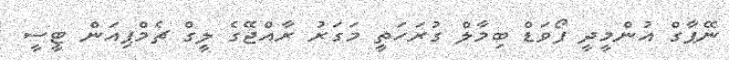
ނޭޕާގް އުންމީދީ ފޯވަޑް ބިމާލް ގުރަހަތީ މަގަރު ރާއްޖޭގެ ލީގް ޗެމްޕިއަން ޓީސީ